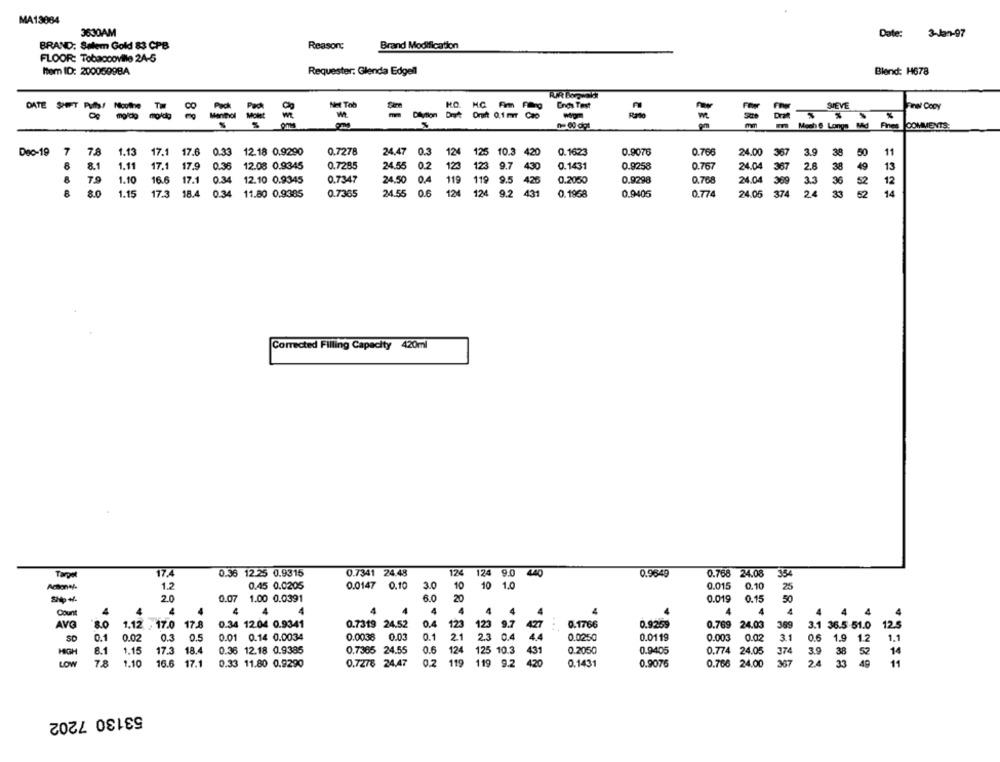
MA13084
3630AM
Date: 3-Jan-97
BRAND: Salem Gold 83 CPB
Reason:
Brand Modification
FLOOR: Tobaccoville 24-5
Item ID: 2000599BA
Requester. Glenda Edgeil
Blend: H678
DATE SHIFT
Nicotine Till
Not Tob
Ends Test
Pro Cocy
CO
SIEVE
moldo moldo
mm
Mech 6 Longs Med Fines COMMENTS:
Dac-19
7
7.8
1.13
17.1
17.6
0.33
12.18 0.9290
0.7278
24,47
124
125
10.3
0.1623
0.9076
0.766
367
3.9
38
50
11
8
8.
1.11
17.1
17.9
0.36
12.08 0.9345
0.7285
24.55
0.2
123
123
9.7
430
0.1431
0.9258
0.767
367
2.8
38
13
8
1.10
16.6
17.1
0.34
12.10 0.9345
0.7347
24.50
119
119
9.5
428
0.2050
0.9298
0.768
833
369
3.3
36
52
12
8
8.0
1.15
17.3 18.4 0.34 11.80 0.9385
0.7365
24.55
06
124
124
9.2 431
431
0.1968
0.9405
0.774
374
24
33
52
14
Corrected Filling Capacity 420ml
17.4
124
Targo
0.36 12.25 0.9315
0.7341 24.48
124 9.0 440
0.9649
0.768 24.08
354
1.2
0.45 0.0205
0.0147 0.10
3.0
10 10 1.0
0.015
0.10
25
2.0
0.07 1.00 0.0391
6.0
20
0.019
0.15
4
4
4
4
4
4
4
4
4
4
4
4
4 4
4
4
4
4 4
AVG
80
1.12 . 17.0
17.8
0.34 12.04 0.9341
0.7319 24.52
0.4
123
123 9.7 427
0.1766
0.9269
0.769 24.03
369
3.1 36.5.51.0
12.5
...
SD
0.1
0.02
0.3
0.5
0.01 0.14 0.0034
0.0038
0.03
0.1
21
2.3 0.4
4.4
0.0250
0.0119
0.003
0.02
31
0.6 1.9 1.2
1.1
HIGH
8.1
1.15
17.3
18
0.36 12.18 0.9385
0.7365 24.55
0.6
124
125 10.3
431
0.9405
0.774 24.05
374
3.9
38
52
LOW
7.8
1.10
16.6 17.1
0.33 11.80 0.9290
0.7278 24,47
0.2 119
119 9.2
420
0.9076
0.766 24.00
367
2.4
33
49
11
53130 7202